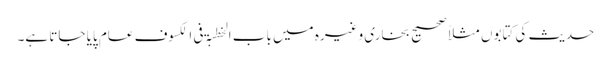
حدیث کی کتابوں مثلاً صحیح بخاری وغیرہ میں باب الخطبۃ فی الکسوف عام پایا جاتا ہے۔